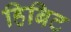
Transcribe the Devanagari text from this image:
हिबिट